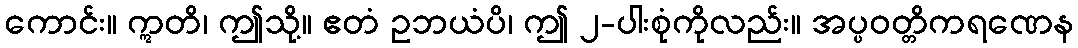
ကောင်း။ ဣတိ၊ ဤသို့။ ဧတံ ဥဘယံပိ၊ ဤ ၂-ပါးစုံကိုလည်း။ အပ္ပဝတ္တိကရဏေန